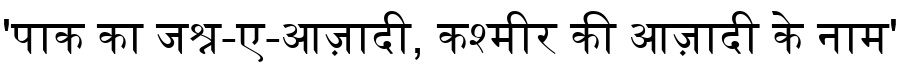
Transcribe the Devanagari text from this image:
'पाक का जश्न-ए-आज़ादी, कश्मीर की आज़ादी के नाम'